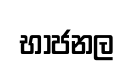
භාජනල